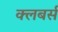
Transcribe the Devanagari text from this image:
क्लबर्स